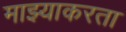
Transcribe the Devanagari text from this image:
माझ्याकरता